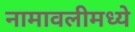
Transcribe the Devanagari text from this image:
नामावलीमध्ये